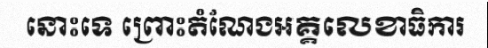
នោះទេ ព្រោះតំណែងអគ្គលេខាធិការ